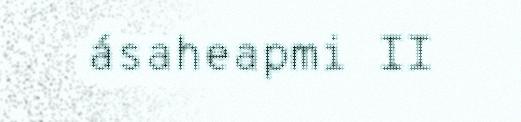
ásaheapmi II